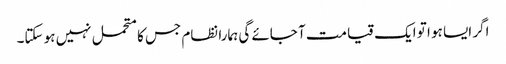
اگر ایسا ہو ا تو ایک قیامت آ جائے گی ہمارا نظام جس کامتحمل نہیں ہو سکتا۔